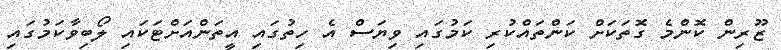
ޒޫރިން ކޮންމެ ގޮތަކަށް ކަންތައްކުރި ކަމުގައި ވިޔަސް އެ ހިތުގައި އީތަންއަށްޓަކައި ލޯބިވާކަމުގައި